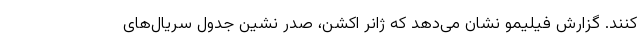
‌کنند. گزارش فیلیمو نشان می‌دهد که ژانر اکشن، صدر نشین جدول سریال‌های